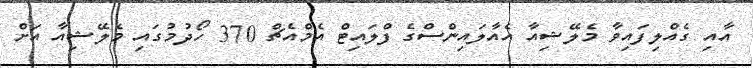
އާއި ގެއްލިފައިވާ މެލޭޝިއާ އެއާލައިންސްގެ ފްލައިޓް އެމްއެޗް 370 ހޯދުމުގައި މެލޭޝިއާ އަށް